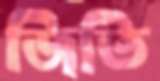
জিতি